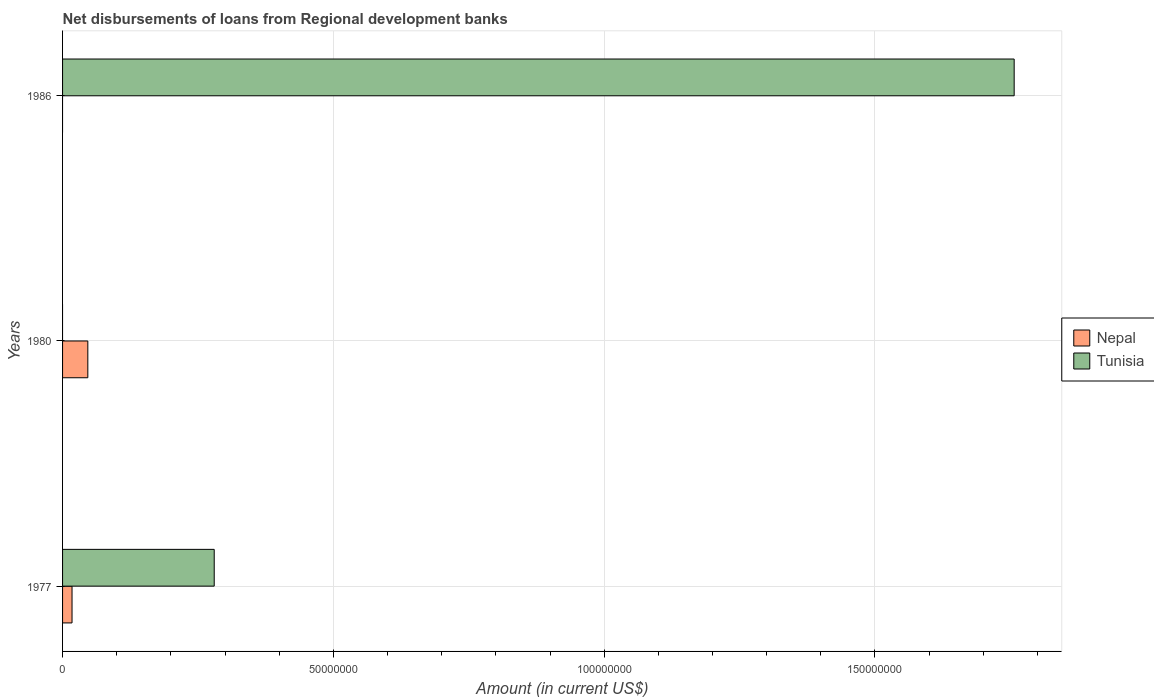
| Years | Nepal | Tunisia |
 | --- | --- | --- |
 | 1977 | 1.75e+06 | 2.8e+07 |
 | 1980 | 4.66e+06 | -3.12e+07 |
 | 1986 | -3.2e+06 | 1.76e+08 |